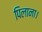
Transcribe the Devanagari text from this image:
पिलाना।